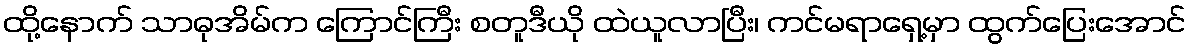
ထို့နောက် သာဓုအိမ်က ကြောင်ကြီး စတူဒီယို ထဲယူလာပြီး၊ ကင်မရာရှေ့မှာ ထွက်ပြေးအောင်